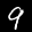
Label: 9